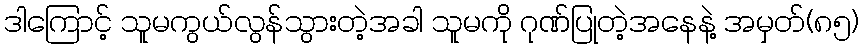
ဒါကြောင့် သူမကွယ်လွန်သွားတဲ့အခါ သူမကို ဂုဏ်ပြုတဲ့အနေနဲ့ အမှတ်(၈၅)